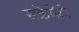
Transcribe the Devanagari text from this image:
सक्रेमेंटो